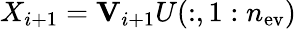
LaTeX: X_{i+1}=\mathbf{V}_{i+1}U(:,1:n_{\mathrm{ev}})